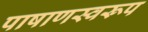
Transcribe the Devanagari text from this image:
पाषाणस्वरूप